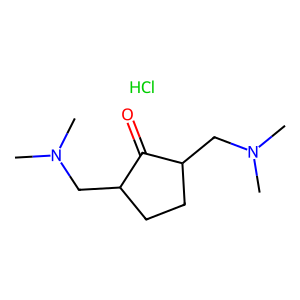
SMILES: CN(C)CC1CCC(CN(C)C)C1=O.Cl
Inhibits HIV replication: No